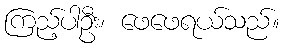
ကြည့်ပါဦး၊ ဖေဖေရယ်သည်။